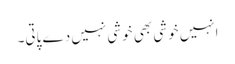
انہیں خوشی بھی خوشی نہیں دے پاتی۔